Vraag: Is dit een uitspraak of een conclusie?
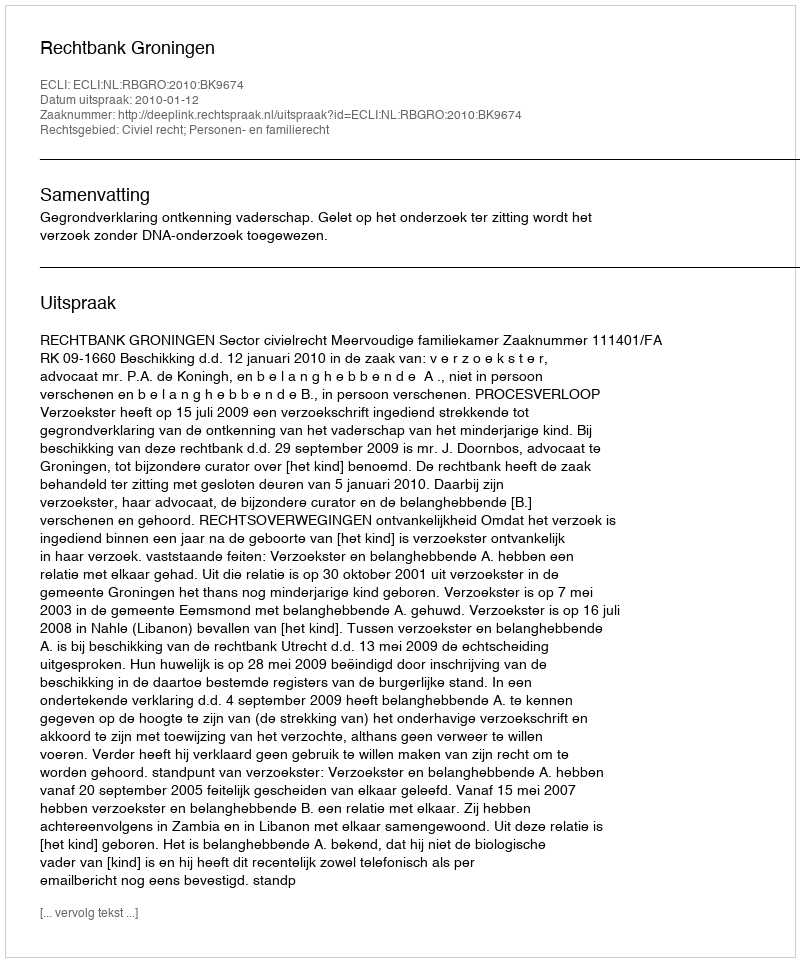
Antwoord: Uitspraak